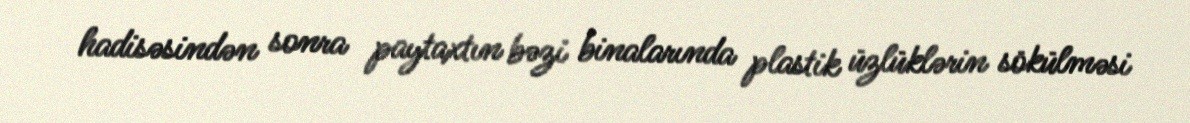
hadisəsindən sonra paytaxtın bəzi binalarında plastik üzlüklərin sökülməsi